Report on sanitation, dispensaries, and jails in Rajputana for 1913, and on vaccination for the year 1913-1914 - 1913-1914
Year: 1913
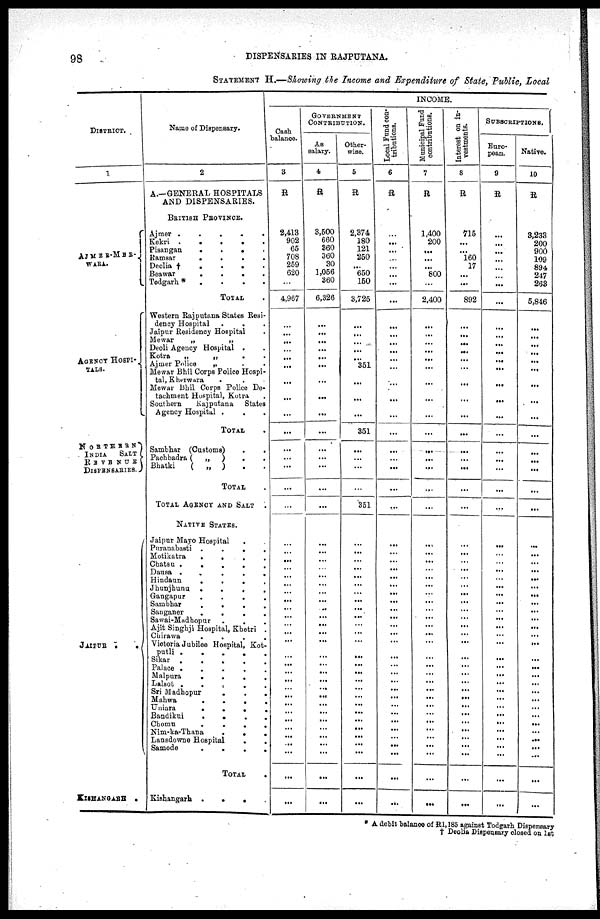
98
DISPENSARIES IN RAJPUTANA.
STATEMENT H.—Showing the Income and Expenditure of State, Public, Local
DISTRICT.
1
AJMER-MER¬
WARA.
AGENCY HOSPI¬
TALS.
NORTHERN
INDIA SALT
REVENUE
DISPENSARIES.
JAIPUR
.
.
KISHANGARH .
Name of Dispensary.
2
A.—GENERAL HOSPITALS
AND DISPENSARIES.
BRITISH PROVINCE.
Ajmer
.
.
.
.
.
Kekri
.
.
.
.
.
Pisangan
.
.
. .
Ramsar
.
.
.
.
Deolia †
.
.
.
.
Beawar
.
.
.
.
Todgarh * . . . .
TOTAL .
Western Rajputana States Resi-
dency Hospital . . .
Jaipur Residency Hospital .
Mewar
„
„
Deoli Agency Hospital . .
Kotra
„
„
.
.
Ajmer Police „ .
Mewar Bhil Corps Police Hospi-
tal, Kherwara
. . .
Mewar Bhil Corps Police De-
tachment Hospital, Kotra
Southern
Rajputana
States
Agency Hospital .
TOTAL .
Sambhar (Customs) . .
Pachbadra (
„
)
.
.
Bhatki
(
„
) . .
TOTAL .
TOTAL AGENCY AND SALT
.
NATIVE STATES.
Jaipur Mayo Hospital .
Puranabasti .
.
.
.
Motikatra
.
.
.
.
Chatsu .
.
.
.
.
Dausa .
.
.
.
.
Hindaun
.
.
.
.
Jhunjhunu
.
.
.
.
Gangapur
.
.
.
.
Sambhar
.
.
.
.
Sanganer
.
.
.
.
Sawai-Madhopur
.
. .
Ajit Singhji Hospital, Khetri .
Chirawa
.
.
.
.
Victoria Jubilee Hospital, Kot-
putli
.
.
.
.
.
Sikar
.
.
.
.
.
Palace .
.
.
.
.
Malpura
.
.
.
.
Lalsot . . . . .
Sri Madhopur
.
.
.
Mahwa
.
.
.
.
Uniara
.
.
.
.
Bandikui
.
.
.
.
Chomu
.
.
.
.
Nim-ka-Thana
.
.
.
Lansdowne Hospital
.
.
Samode
.
.
.
.
TOTAL
.
Kishangarh .
.
.
INCOME.
Cash
balance.
3
R
2,413
902
65
708
259
620
...
4,967
...
...
...
...
...
...
...
...
...
...
...
...
...
...
...
...
...
...
...
...
...
...
...
...
...
...
...
...
...
...
...
...
...
...
...
...
...
...
...
...
...
...
...
GOVERNMENT
CONTRIBUTION.
As
salary.
4
R
3,500
660
860
360
30
1,056
360
6,326
...
...
...
...
...
...
...
...
...
...
...
...
...
...
...
...
...
...
...
...
...
...
...
...
...
...
...
...
...
...
...
...
...
...
...
...
...
...
...
...
...
...
...
Other-
wise.
5
R
2,374
180
121
250
...
650
150
3,725
...
...
...
...
...
351
...
...
...
351
...
...
...
...
351
...
...
...
...
...
...
...
...
...
...
...
...
...
...
...
...
...
...
...
...
...
...
...
...
...
...
...
...
Local Fund con-
tributions.
6
R
...
...
...
...
...
...
...
...
...
...
...
...
...
...
...
...
...
...
...
...
...
...
...
...
...
...
...
...
...
...
...
...
...
...
...
...
...
...
...
...
...
...
...
...
...
...
...
...
...
...
...
Municipal Fund
contributions.
7
R
1,400
200
...
...
...
800
...
2,400
...
...
...
...
...
...
...
...
...
...
...
...
...
...
...
...
...
...
...
...
...
...
...
...
...
...
...
...
...
...
...
...
...
...
...
...
...
...
...
...
...
...
...
Interest on in-
vestments.
8
R
715
...
...
160
17
...
...
892
...
...
...
...
...
...
...
...
...
...
...
...
...
...
...
...
...
...
...
...
...
...
...
...
...
...
...
...
...
...
...
...
...
...
...
...
...
...
...
...
...
...
...
SUBSERIPTIONS.
Euro-
pean.
9
R
...
...
...
...
...
...
...
...
...
...
...
...
...
...
...
...
...
...
...
...
...
...
...
...
...
...
...
...
...
...
...
...
...
...
...
...
...
...
...
...
...
...
...
...
...
...
...
...
...
...
...
Native.
10
R
3,233
200
900
109
894
247
263
5,846
...
...
...
...
...
...
...
...
...
...
...
...
...
...
...
...
...
...
...
...
...
...
...
...
...
...
...
...
...
...
...
...
...
...
...
...
...
...
...
...
...
...
...
* A debit balance of R1,185 against Todgarh Dispensary
† Deolia Dispensary closed on 1st